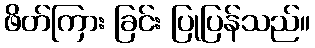
ဖိတ်ကြား ခြင်း ပြုပြန်သည်။